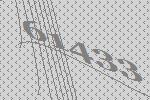
61433